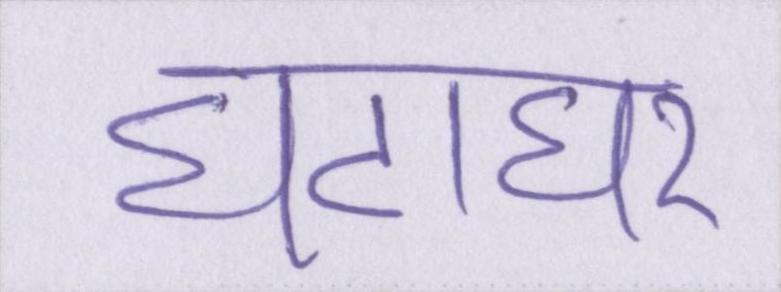
घंटाघर